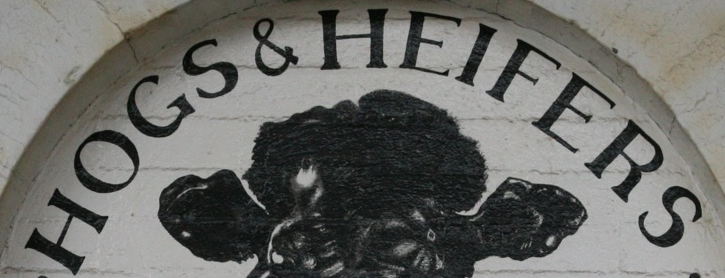
HOGS&HEIFERS